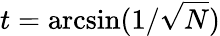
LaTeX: t=\arcsin(1/{\sqrt{N}})